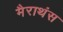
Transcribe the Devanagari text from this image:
मैराथंस